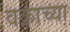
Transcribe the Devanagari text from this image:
वक्राच्या